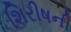
શિરીષની